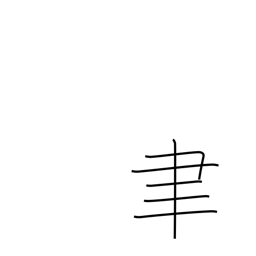
Meaning: writing brush radical (no. 129)